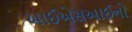
આઈએસઆઈનો